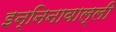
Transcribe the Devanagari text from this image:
इन्निनावाल्ली